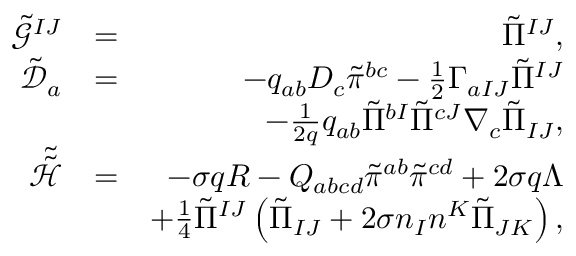
\begin{array} { r l r } { \tilde { \mathcal { G } } ^ { I J } } & { = } & { \tilde { \Pi } ^ { I J } , } \\ { \tilde { \mathcal { D } } _ { a } } & { = } & { - q _ { a b } D _ { c } \tilde { \pi } ^ { b c } - \frac { 1 } { 2 } \Gamma _ { a I J } \tilde { \Pi } ^ { I J } } \\ & { } & { - \frac { 1 } { 2 q } q _ { a b } \tilde { \Pi } ^ { b I } \tilde { \Pi } ^ { c J } \nabla _ { c } \tilde { \Pi } _ { I J } , } \\ { \tilde { \tilde { \mathcal { H } } } } & { = } & { - \sigma q R - Q _ { a b c d } \tilde { \pi } ^ { a b } \tilde { \pi } ^ { c d } + 2 \sigma q \Lambda } \\ & { } & { + \frac { 1 } { 4 } \tilde { \Pi } ^ { I J } \left( \tilde { \Pi } _ { I J } + 2 \sigma n _ { I } n ^ { K } \tilde { \Pi } _ { J K } \right) , } \end{array}